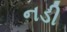
નડી